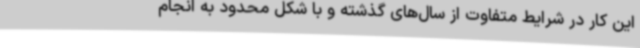
این کار در شرایط متفاوت از سال‌های گذشته و با شکل محدود به انجام